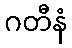
ဂတီနံ